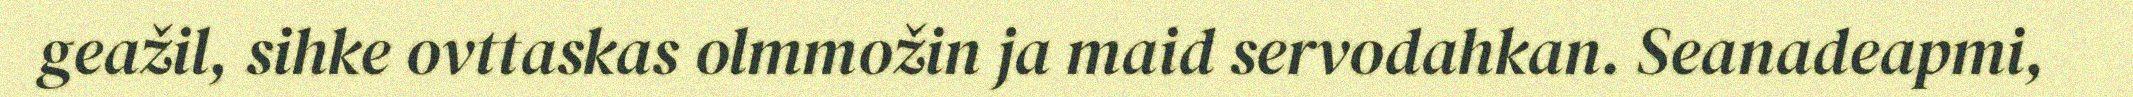
geažil, sihke ovttaskas olmmožin ja maid servodahkan. Seanadeapmi,